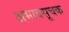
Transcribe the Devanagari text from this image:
अभावसूचक